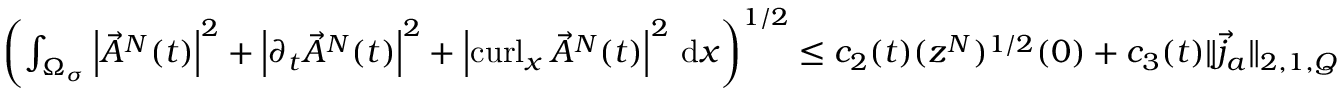
\begin{array} { r } { \left( \int _ { \Omega _ { \sigma } } \left\lvert { \vec { A } ^ { N } ( t ) } \right\rvert ^ { 2 } + \left\lvert { \partial _ { t } \vec { A } ^ { N } ( t ) } \right\rvert ^ { 2 } + \left\lvert { \operatorname { c u r l } _ { x } \vec { A } ^ { N } ( t ) } \right\rvert ^ { 2 } \, \mathrm d x \right) ^ { 1 / 2 } \leq c _ { 2 } ( t ) ( z ^ { N } ) ^ { 1 / 2 } ( 0 ) + c _ { 3 } ( t ) \| \vec { j } _ { a } \| _ { 2 , 1 , Q } } \end{array}